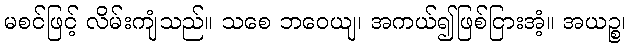
မစင်ဖြင့် လိမ်းကျံသည်။ သစေ ဘဝေယျ၊ အကယ်၍ဖြစ်ငြားအံ့။ အယဉ္စ၊